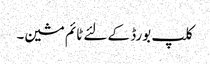
کلپ بورڈ کے لئے ٹائم مشین۔